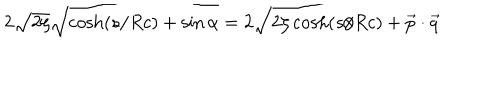
2 \sqrt { 2 \zeta } \sqrt { \cosh ( { s / R c } ) + \sin { \alpha } } = 2 \sqrt { 2 \zeta \cosh ( { s / R c } ) + { \vec { p } } \cdot { \vec { q } } }